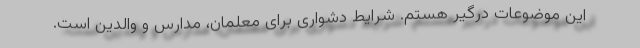
این موضوعات درگیر هستم. شرایط دشواری برای معلمان، مدارس و والدین است.